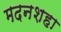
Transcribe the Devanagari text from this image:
मदनशहा